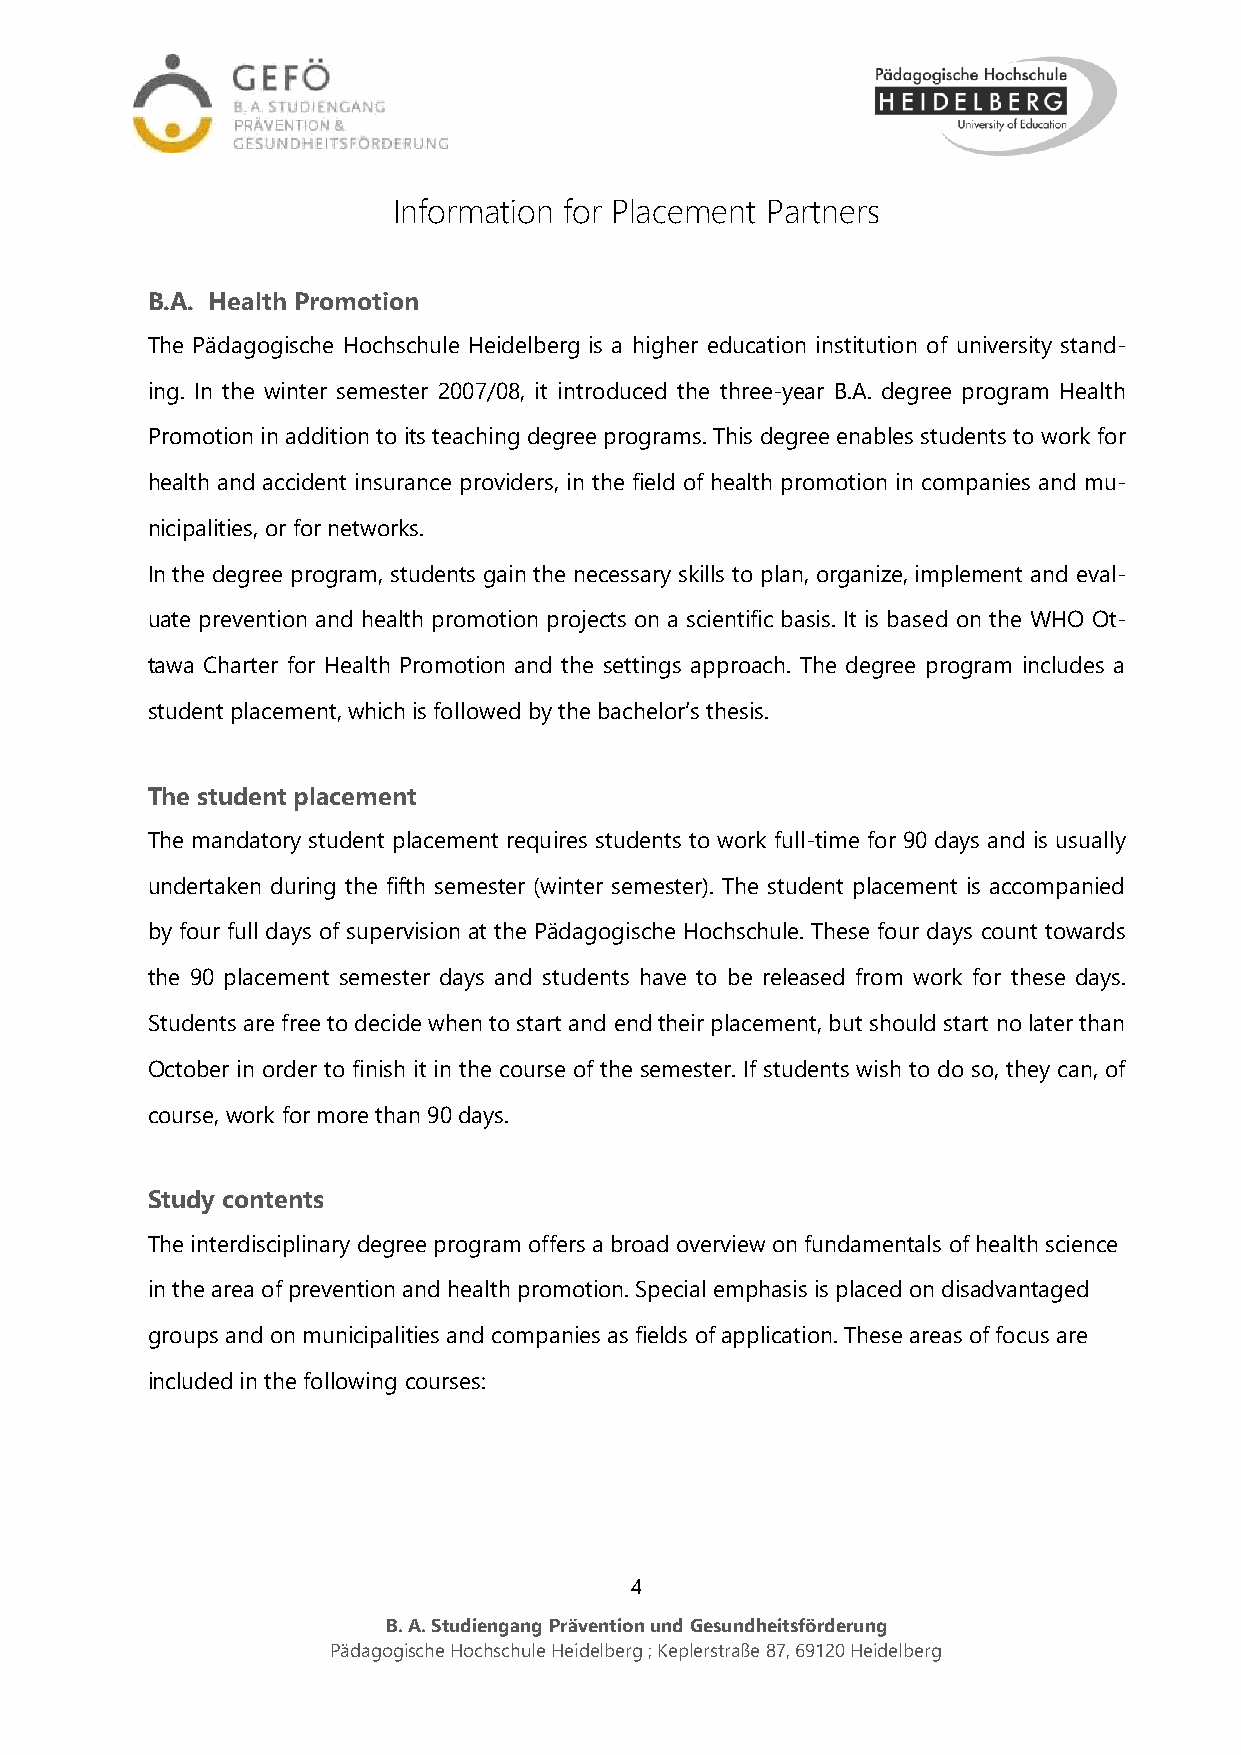
Information for Placement Partners
 B.A. Health Promotion
 The Pädagogische Hochschule Heidelberg is a higher education institution of university stand-
 ing. In the winter semester 2007/08, it introduced the three-year B.A. degree program Health
 Promotion in addition to its teaching degree programs. This degree enables students to work for
 health and accident insurance providers, in the field of health promotion in companies and mu-
 nicipalities, or for networks.
 In the degree program, students gain the necessary skills to plan, organize, implement and eval-
 uate prevention and health promotion projects on a scientific basis. It is based on the WHO Ot-
 tawa Charter for Health Promotion and the settings approach. The degree program includes a
 student placement, which is followed by the bachelor’s thesis.
 The student placement
 The mandatory student placement requires students to work full-time for 90 days and is usually
 undertaken during the fifth semester (winter semester). The student placement is accompanied
 by four full days of supervision at the Pädagogische Hochschule. These four days count towards
 the 90 placement semester days and students have to be released from work for these days.
 Students are free to decide when to start and end their placement, but should start no later than
 October in order to finish it in the course of the semester. If students wish to do so, they can, of
 course, work for more than 90 days.
 Study contents
 The interdisciplinary degree program offers a broad overview on fundamentals of health science
 in the area of prevention and health promotion. Special emphasis is placed on disadvantaged
 groups and on municipalities and companies as fields of application. These areas of focus are
 included in the following courses:
 4
 B. A. Studiengang Prävention und Gesundheitsförderung
 Pädagogische Hochschule Heidelberg ; Keplerstraße 87, 69120 Heidelberg